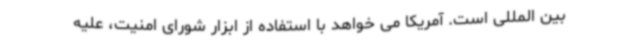
بین المللی است. آمریکا می خواهد با استفاده از ابزار شورای امنیت، علیه